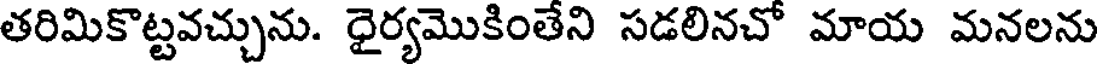
తరిమికొట్టవచ్చును. ధైర్యమొకింతేని సడలినచో మాయ మనలను